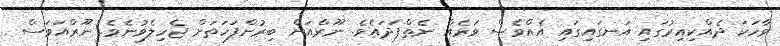
ވާހަކަ ދެއްކިއިރުގައި އަނގައިގައި އެއްވެސް ވަރެއް ނެތްފަދައެވެ. ނޫރްއަށް ބިރުންފަހަތަށް ޖެހިލެވުނެވެ. ނޫރްއަވަސް